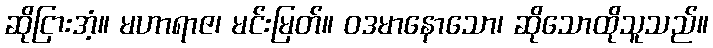
ဆိုငြားအံ့။ မဟာရာဇ၊ မင်းမြတ်။ ဝဒမာနောသော၊ ဆိုသောထိုသူသည်။